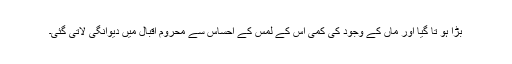
بڑا ہو تا گیا اور ماں کے وجود کی کمی اس کے لمس کے احساس سے محروم اقبال میں دیوانگی لاتی گئی۔